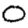
Digit: 0